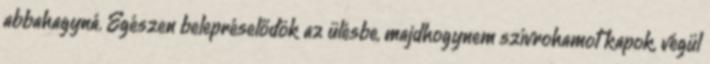
abbahagyná. Egészen belepréselődök az ülésbe, majdhogynem szívrohamot kapok, végül